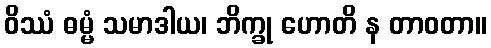
ဝိဿံ ဓမ္မံ သမာဒါယ၊ ဘိက္ခု ဟောတိ န တာဝတာ။